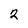
Character: 2